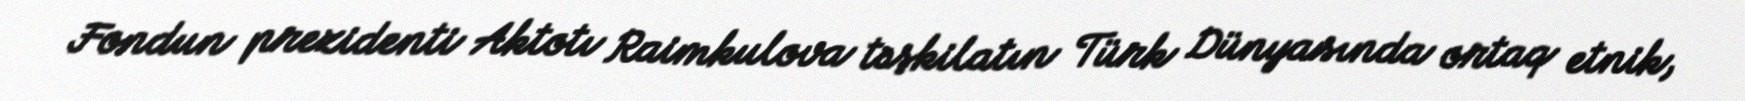
Fondun prezidenti Aktotı Raimkulova təşkilatın Türk Dünyasında ortaq etnik,